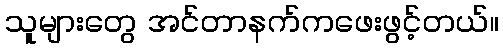
သူများတွေ အင်တာနက်ကဖေးဖွင့်တယ်။